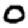
Digit: 0